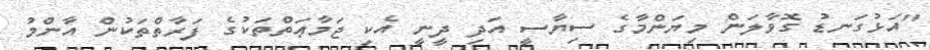
"އަޅުގަނޑު ގޮވާލަން މިޔަންމާގެ ސިޔާސީ އަދި ދީނީ އެކި ޖަމާޢަތްތަކުގެ ފަރާތްތަކުން އާންމު